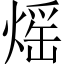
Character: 熎